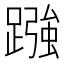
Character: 𮜓